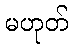
မဟုတ်